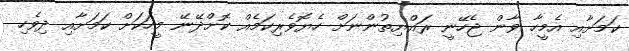
ކަމަށާއި އެމީހާ ވާން ޖެހޭނީ ރައްޔިތުންނަށް ހެޔޮވެރިކަމެއް ކޮށްދޭނޭ މީހަކަށް ކަމަށާއި ދިވެހި